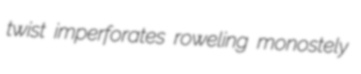
twist imperforates roweling monostely